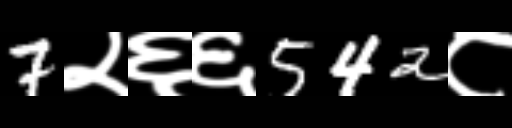
Text: 7२६६542८